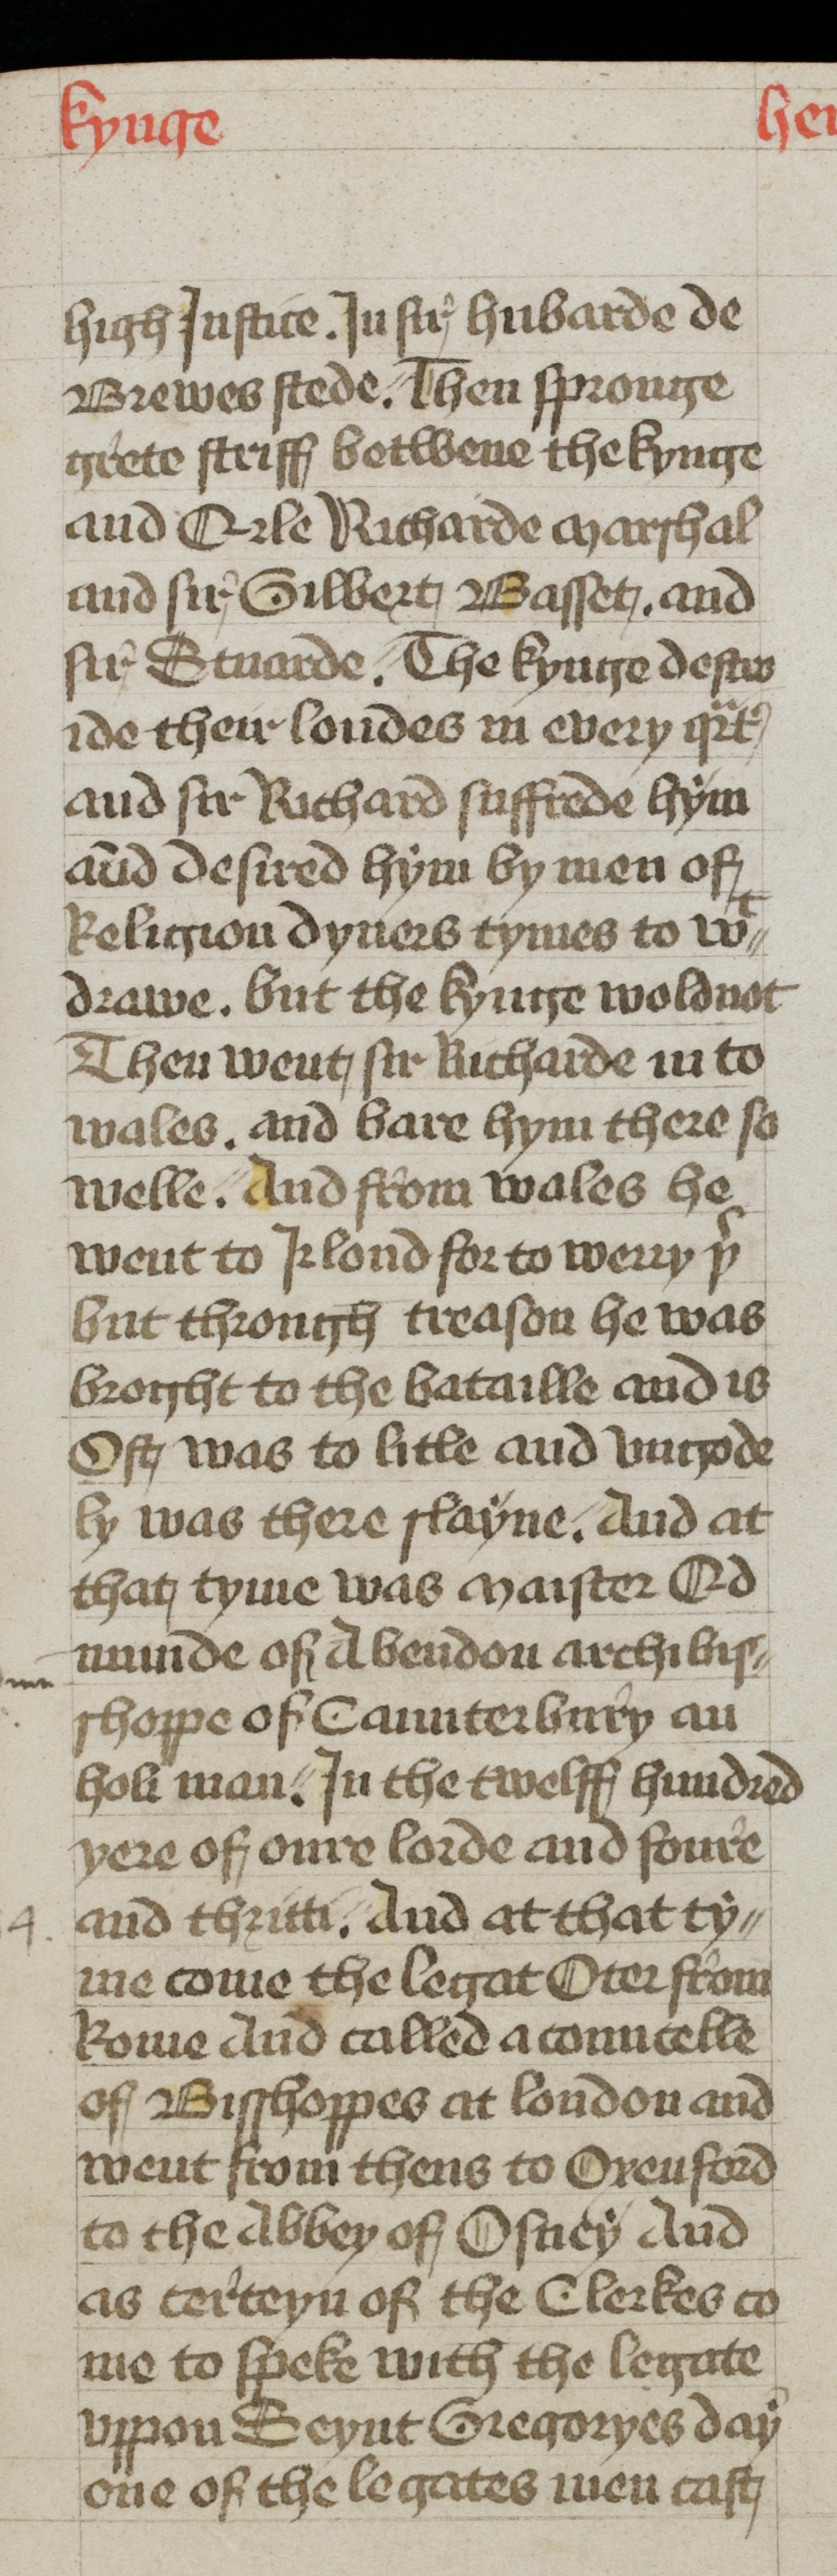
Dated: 1400–1499